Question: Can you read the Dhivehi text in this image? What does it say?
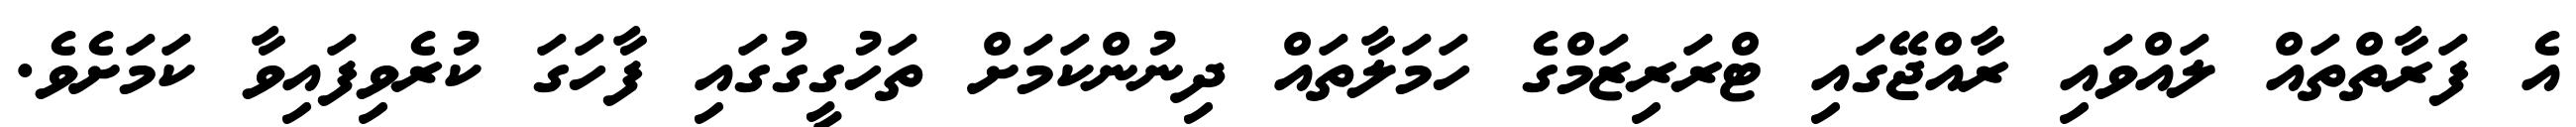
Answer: އެ ފަރާތްތައް ލައްވައި ރާއްޖޭގައި ޓްރަރިޒަމްގެ ހަމަލާތައް ދިނުންކަމަށް ތަހުގީގުގައި ފާހަގަ ކުރެވިފައިވާ ކަމަށެވެ.